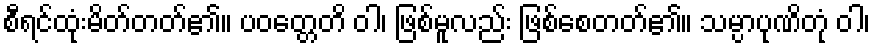
စီရင်ထုံးမိတ်တတ်၏။ ပဝတ္တေတိ ဝါ၊ ဖြစ်မူလည်း ဖြစ်စေတတ်၏။ သမ္ပာပုဏိတုံ ဝါ၊